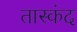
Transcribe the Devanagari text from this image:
तास्कंद